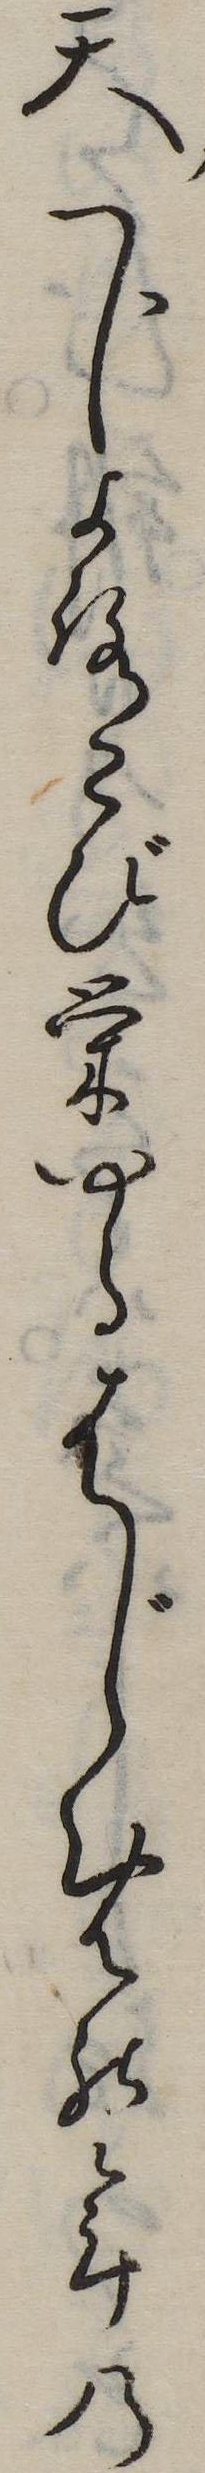
天下よろこび栄ゆるはじめの年の